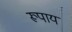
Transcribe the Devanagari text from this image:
रूपाय